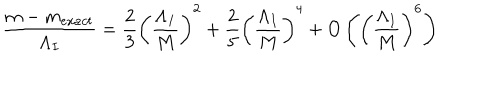
\frac { m - m _ { e x a c t } } { \Lambda _ { I } } = \frac { 2 } { 3 } \left( \frac { \Lambda _ { I } } { M } \right) ^ { 2 } + \frac { 2 } { 5 } \left( \frac { \Lambda _ { I } } { M } \right) ^ { 4 } + O \left( \left( \frac { \Lambda _ { I } } { M } \right) ^ { 6 } \right)